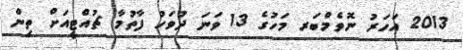
2013 އަހަރު ނޮވެމްބަރ މަހުގެ 13 ވަނަ ދުވަހު ފާތުމާ ޗުއްޓީއަށް ތިން